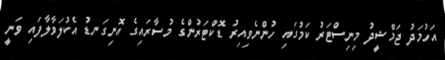
އަހުމަދު ޖަމްޝީދު މިނިސްޓަރު ކަމުގައި ހުންނެވިއިރު ޑޮކްޓަރުންގެ މުސާރައިގެ އޮނިގަނޑު އެކުލަވާލާފައި ވަނީ